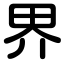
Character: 界